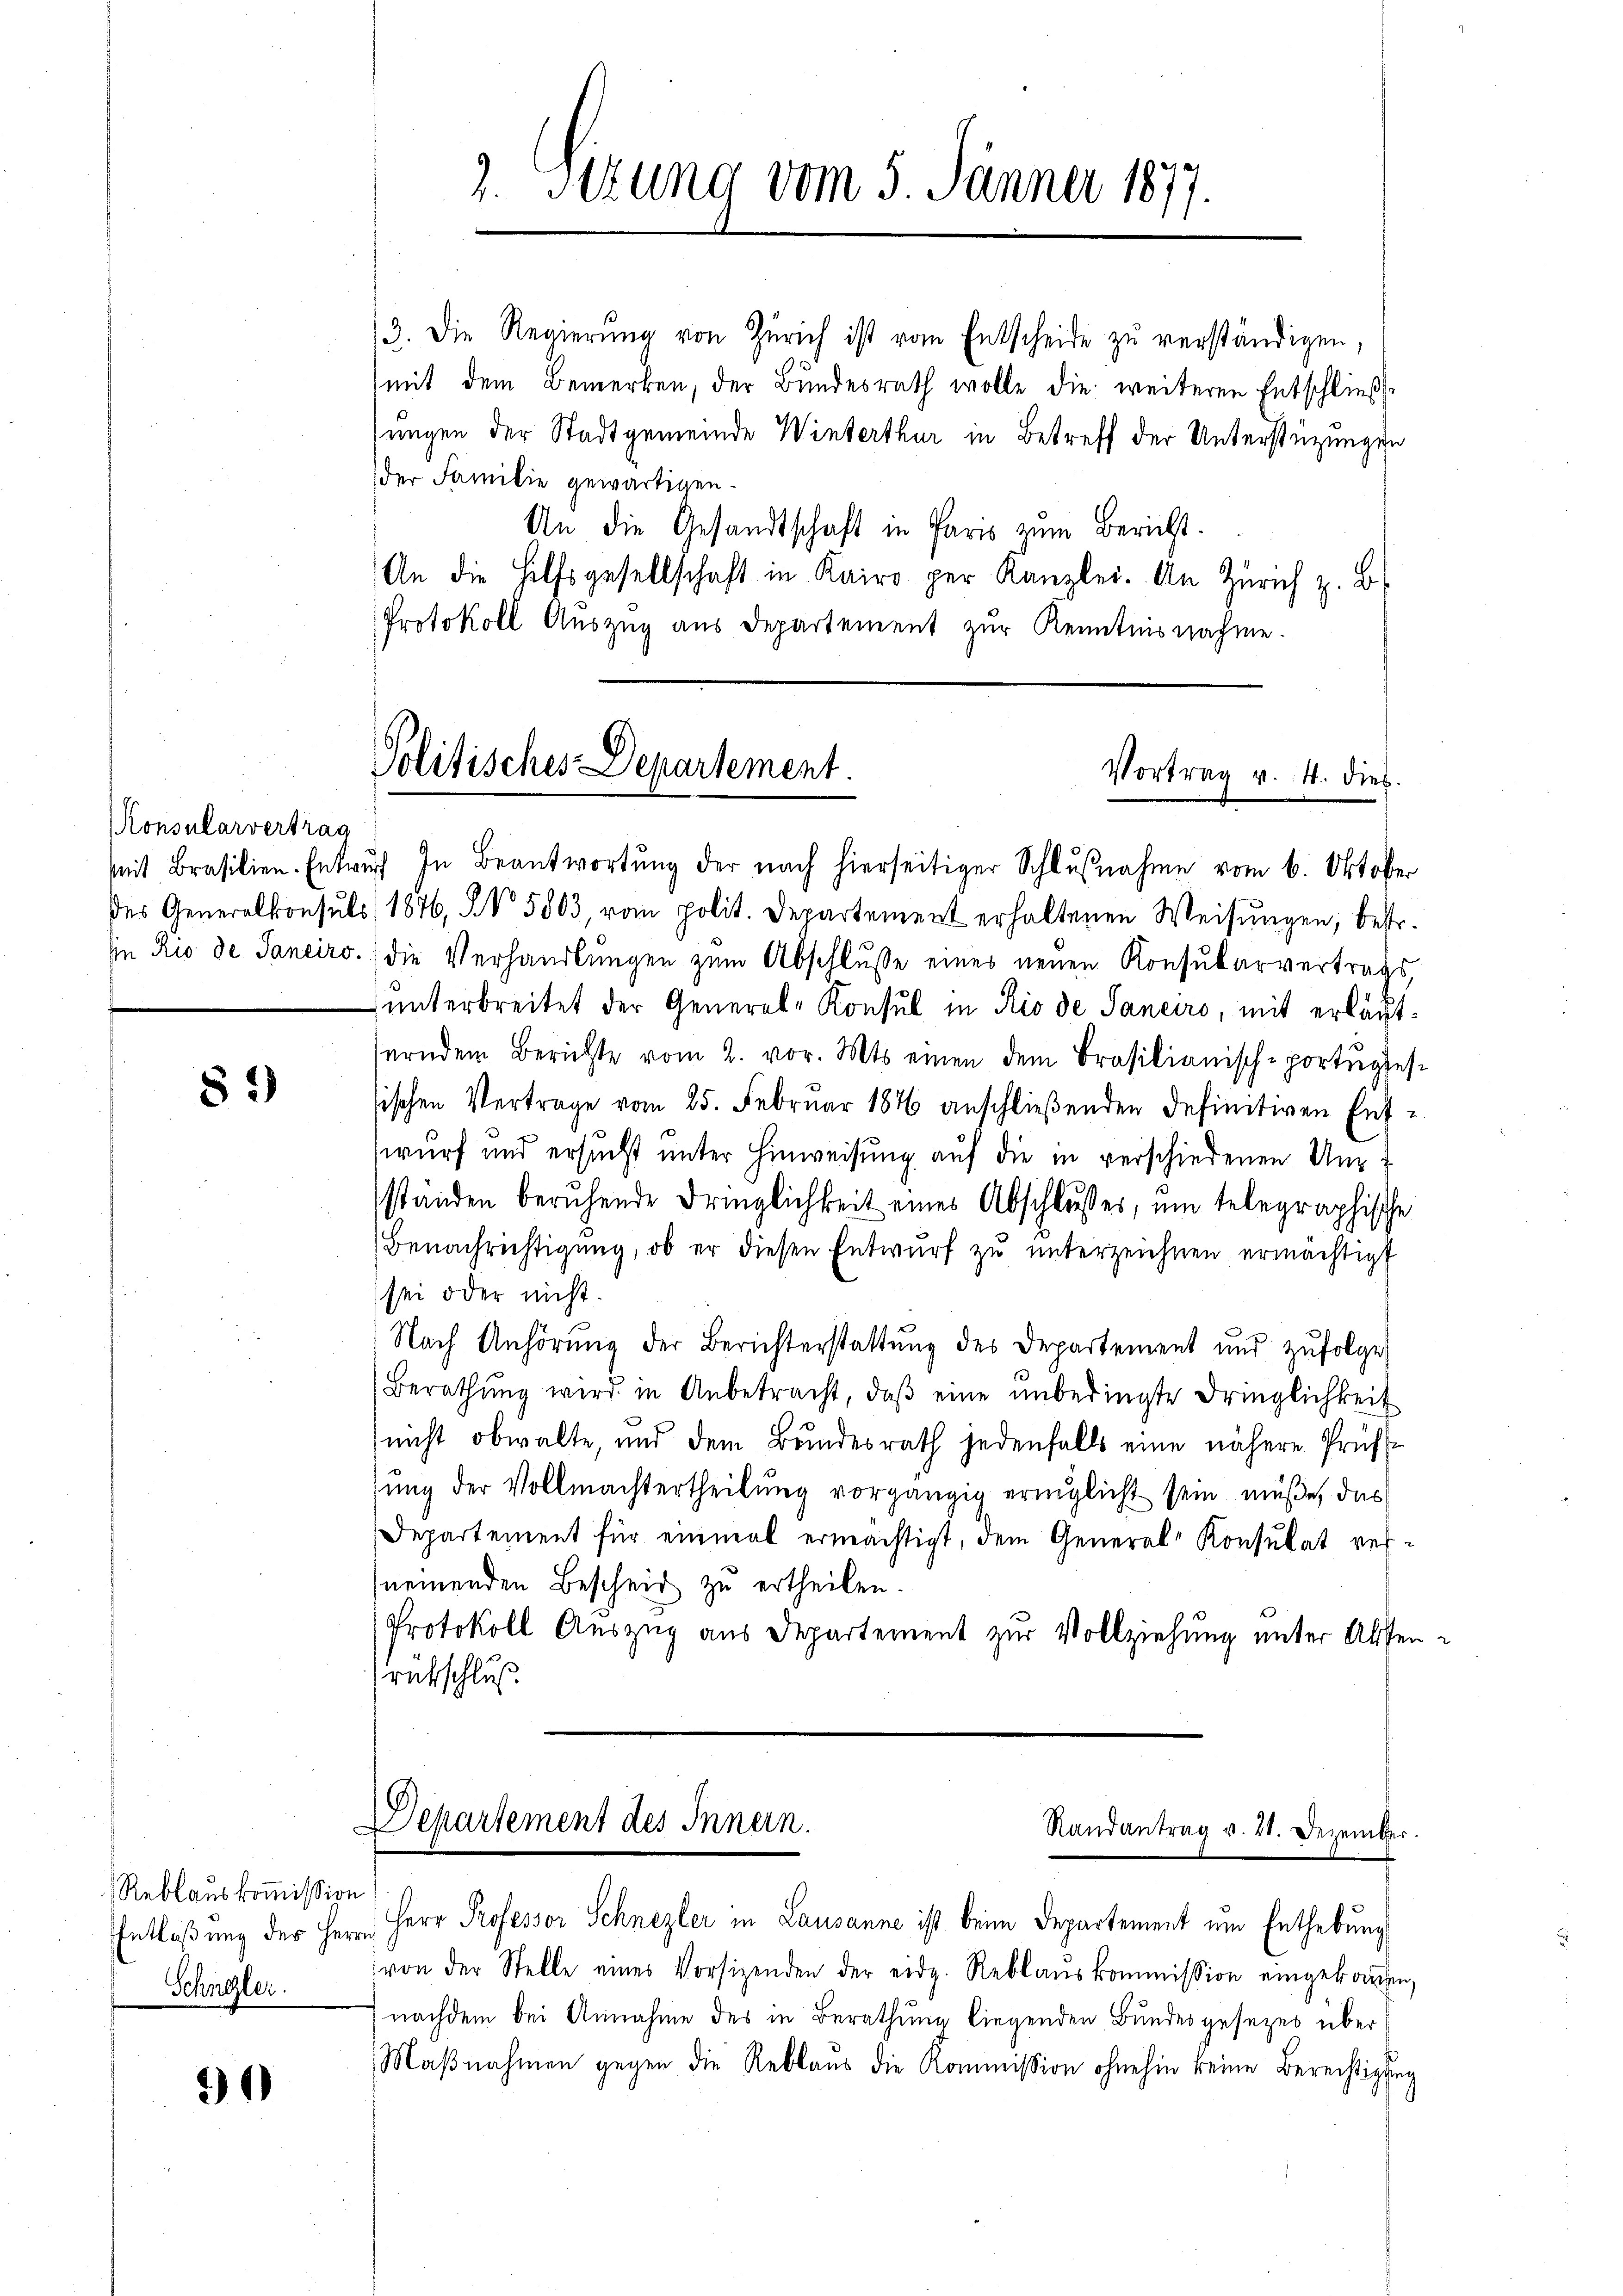
Konsularvertrag

82)

Reblauskommission
Schneler.

21)

2. Sizung vom 5. Jänner 1877.

An die Gesandtschaft in Paris zum Bericht.
An die Hilfsgesellschaft in Kairo per Kanzlei. An Zürich z. B.
Protokoll Auszug aus Departement zur Kenntnisnahme.

3. Die Regierŭng von Zürich ist vom Entscheide zu verständigen,
mit dem Bemerken, der Bundesrath wolle die weiteren Entschließ
sungen der Stadtgemeinde Winterthur in Betreff der Unterstüzungen
der Familie gewärtigen.

Politisches Departement.
Vortrag v. 4. dies

mit Brasilien-Entwŭrf In Beantwortŭng der nach hierseitiger Schlŭβnahme vom 6. Oktober
des Generalkonsuls (1876, No 5803, vom polit. Departement erhaltenen Weisungen, bestr.
in Rio de Sanciro.) die Verhandlungen zum Abschlusse eines neuen Konsularvertrags,
unterbreitet der General-Konsul in Rio de Sanciro, mit erläuterndem Berichte vom 2. vor. Mts. einen dem Brasilianisch-portiges
sischen Vertrage vom 25. Februar 187 anschließenden definitiven Ent-
wurf und ersucht unter Hinweisung auf die in verschiedenen Unständen beruhende Dringlichkeit eines Abschlusses, um telegraphische
Benachrichtigung, ob er diesen Entwurf zu unterzeichnen, ermächtigt
sei oder nicht.
Nach Anhörung der Berichterstattung des Departement und zufolge
Berathŭng wird in Anbetracht, daβ eine unbedingte Dringlichkeit
(nicht obwalte, und dem Bundesrath jedenfalls eine nähere Prüf
sung der Vollmachtertheilung vorgängig eringlicht sein müße, das
Departement für einmal ermächtigt, dem General- Konsulat vernemenden Bescheid zu ertheilen.
Protokoll Auszug aus Departement zur Vollziehung unter Alten-
rütschluß

Departement des Innern.
Randantrag v. 21. Dezember.

Entlaßung der Herr Herr Professor Schnezler in Lausanne ist beim Departement um Enthebung
von der Stelle eines Vorsizenden der eidg. Reblauskommission eingeboren,
nachdem bei Annahme des in Berathung liegenden Bundesgesezes über¬
Maβnahmen gegen die Reblaus die Kommission ohnehin keine Berechtigung